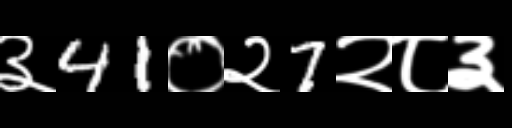
Text: ३41०२7२८३